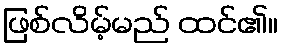
ဖြစ်လိမ့်မည် ထင်၏။